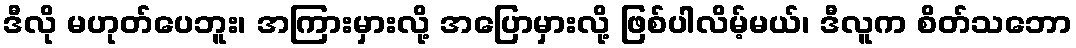
ဒီလို မဟုတ်ပေဘူး၊ အကြားမှားလို့ အပြောမှားလို့ ဖြစ်ပါလိမ့်မယ်၊ ဒီလူက စိတ်သဘော